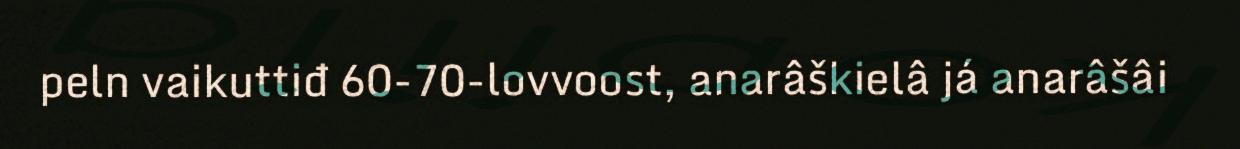
peln vaikuttiđ 60-70-lovvoost, anarâškielâ já anarâšâi